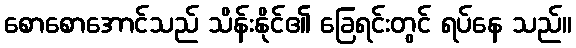
စောစောအောင်သည် သိန်းနိုင်၏ ခြေရင်းတွင် ရပ်နေ သည်။